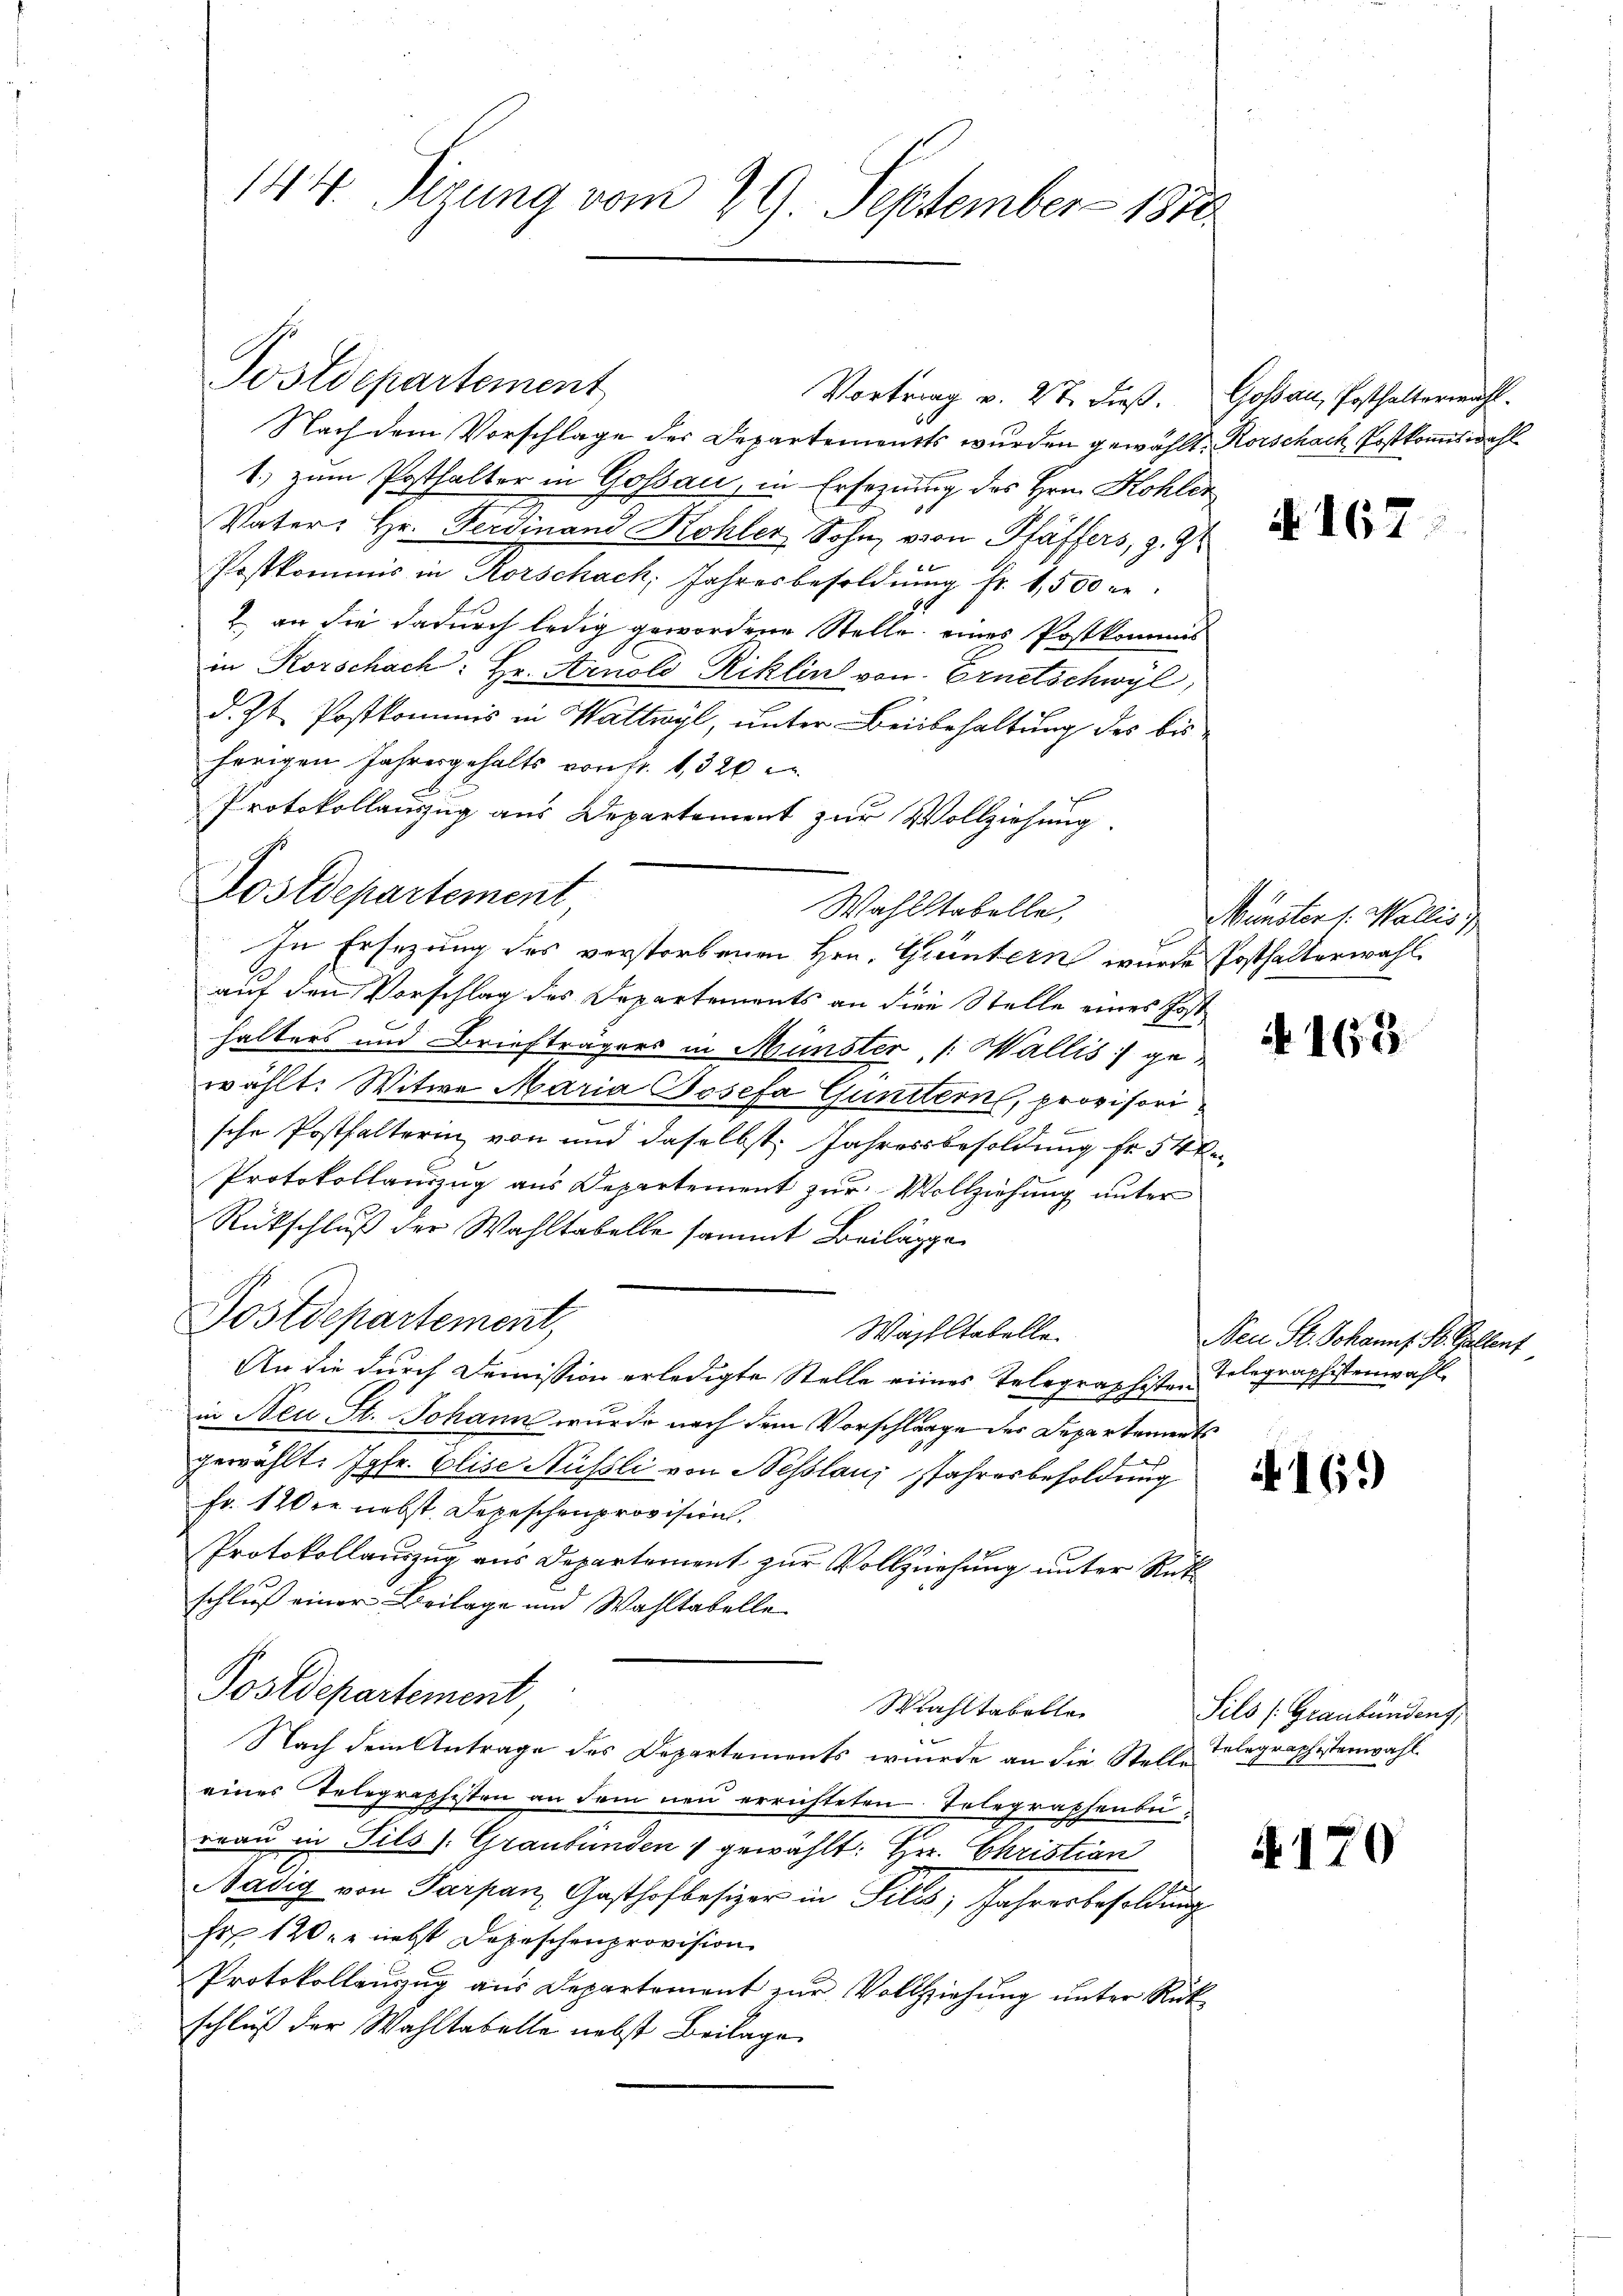
144. Sirung vom 29. September 1810

Postdepartement
Vortrag v. 27. dieß. Goßau, Posthalterwahl.

Nach dem Vorschlage der Departements wurden gewählt. Rorschach Postkommiswahl
1.) zum Posthalter in Gossau, in Ersezung des Hrn. Kohler
Vater: Hr. Ferdinand Kohler Sohn, von Pfäffers, z. 9
Postkommis in Rorschach, Jahresbesoldung Fr. 1,500 re
 en die dadurch ledig gewordene Stelle eines Postkommes
in Korschach: Hr. Arnold Riklin von Ernetschwyl,
d. Zt. Postkommis in Wattwyl, unter Beibehaltung des bisherigen Jahresgehalts von fr. 1320
Protokollauszug aus Departement zur Vollziehung
In Ersezung des verstorbenen Hrn. Grintern wurde Posthalterwahl
auf den Vorschlag des Departements an die Stelle eines Jost
halters und Briefträgers in Münster, [Wallis gewählt: Witwe Maria Josefa Gunstern, provisorische Posthalterin von und daselbst. Jahresbesoldung fr 54 x
Protokollauszug aus Departement zur Vollziehung unter
Rückschluß der Wahltabelle sammt Beilage
Postdepartement,
Wachstabelle
An die durch Demission erledigte Stelle eines Telegraphisten Telegraphistenwahl
in Neu St. Johann wurde nach dem Vorschlagge des Departements
2
gewählt: Jgfr. Elise Nüssli von Besslaus Jahresbesoldung
Fr. 120 er nebst Depeschenprovision.
Protokollauszug aus Departement zur Vollziehung unter Rük
schluß einer Beilage und Wahltabelle
Postdepartement,
Wahltabellen
Nach dem Antrage des Departements wurde an die Stelle
eines Telegraphisten an dem neu errichteten Telegraphenbu
reau in Sils: Graubünden 1 gewählt: Hr. Christian
Nadig von Parpan, Gasthofbesizer in Siles, Jahresbesoldung
sr 120 er nebst Depeschenprovision
Protokollanzug aus Departement zŭr Vollziehŭng ŭnter Rük
schluß der Wahltabelle nebst Beilage

Hostdepartement

Wahlstabelle,

N 167

Munster 1. Wallis

N 163.

Neu St. Johanns St. Gallent

16.)

Sils (Graubündens
Telegraphistenwahl.

170